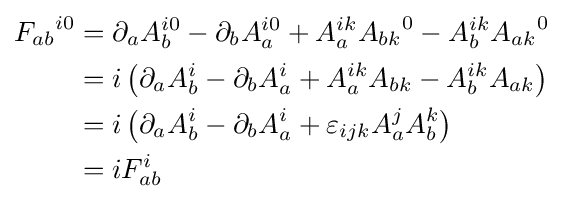
{\begin{aligned}{F_{ab}}^{i0}&=\partial _{a}A_{b}^{i0}-\partial _{b}A_{a}^{i0}+A_{a}^{ik}{A_{bk}}^{0}-A_{b}^{ik}{A_{ak}}^{0}\\&=i\left(\partial _{a}A_{b}^{i}-\partial _{b}A_{a}^{i}+A_{a}^{ik}A_{bk}-A_{b}^{ik}A_{ak}\right)\\&=i\left(\partial _{a}A_{b}^{i}-\partial _{b}A_{a}^{i}+\varepsilon _{ijk}A_{a}^{j}A_{b}^{k}\right)\\&=iF_{ab}^{i}\end{aligned}}